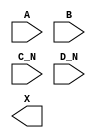
module sky130_fd_sc_ms__or4bb (
    //# {{data|Data Signals}}
    input  A  ,
    input  B  ,
    input  C_N,
    input  D_N,
    output X
);

    // Voltage supply signals
    supply1 VPWR;
    supply0 VGND;
    supply1 VPB ;
    supply0 VNB ;

endmodule